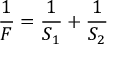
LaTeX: { \frac { 1 } { F } } = { \frac { 1 } { S _ { 1 } } } + { \frac { 1 } { S _ { 2 } } }